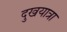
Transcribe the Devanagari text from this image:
दुखयात्रा